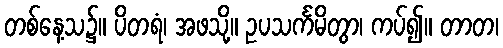
တစ်နေ့သ၌။ ပိတရံ၊ အဖသို့။ ဥပသင်္ကမိတွာ၊ ကပ်၍။ တာတ၊